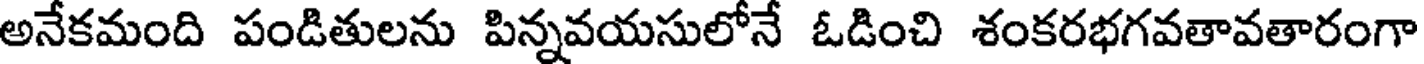
అనేకమంది పండితులను పిన్నవయసులోనే ఓడించి శంకరభగవతావతారంగా